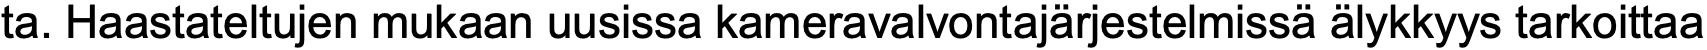
ta. Haastateltujen mukaan uusissa kameravalvontajärjestelmissä älykkyys tarkoittaa